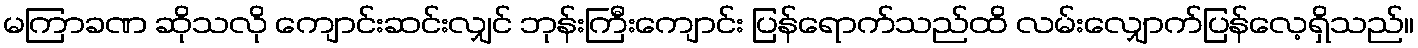
မကြာခဏ ဆိုသလို ကျောင်းဆင်းလျှင် ဘုန်းကြီးကျောင်း ပြန်ရောက်သည်ထိ လမ်းလျှောက်ပြန်လေ့ရှိသည်။